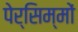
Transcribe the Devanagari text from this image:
पेर्सिम्मों